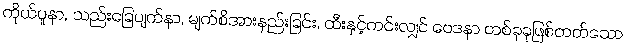
ကိုယ်ပူနာ, သည်းခြေပျက်နာ, မျက်စိအားနည်းခြင်း, ထီးနှင့်ကင်းလျှင် ဝေဒနာ တစ်ခုခုဖြစ်တတ်သော